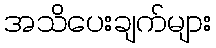
အသိပေးချက်များ